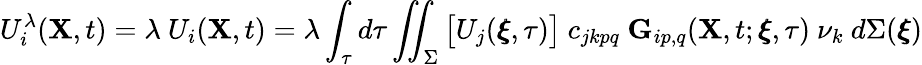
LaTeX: U_{i}^{\lambda}(\mathbf{X},t)=\lambda~U_{i}(\mathbf{X},t)=\lambda\int_{\tau}d\tau\iint_{\Sigma}\big[U_{j}(\pmb{\xi},\tau)\big]~c_{jkpq}~\mathbf{G}_{ip,q}(\mathbf{X},t;\pmb{\xi},\tau)~\nu_{k}~d\Sigma(\pmb{\xi})